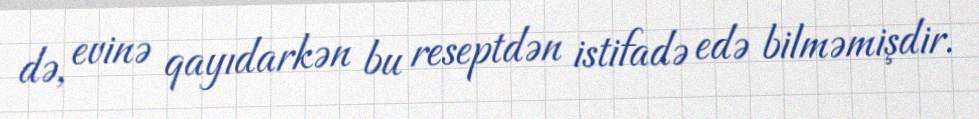
də, evinə qayıdarkən bu reseptdən istifadə edə bilməmişdir.